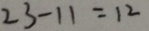
2 3 - 1 1 = 1 2